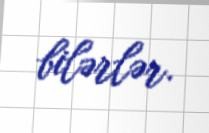
bilərlər.